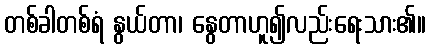
တစ်ခါတစ်ရံ နွယ်တာ၊ နွေတာဟူ၍လည်းရေးသား၏။